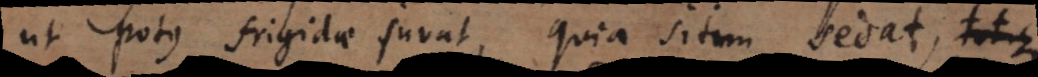
ut potus frigidae juvat, quia sitim sedat, totique